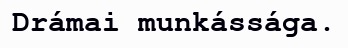
Drámai munkássága.